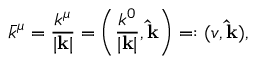
\bar { k } ^ { \mu } = \frac { k ^ { \mu } } { | \mathbf { k } | } = \left( \frac { k ^ { 0 } } { | \mathbf { k } | } , \mathbf { \hat { k } } \right) = : ( v , \mathbf { \hat { k } } ) ,